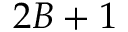
2 B + 1